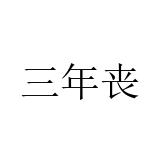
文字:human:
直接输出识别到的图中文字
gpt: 三年丧